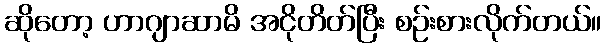
ဆိုတော့ ဟာဂျာဆာမိ အငိုတိတ်ပြီး စဉ်းစားလိုက်တယ်။